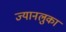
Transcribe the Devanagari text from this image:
ज्यानलुका